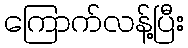
ကြောက်လန့်ပြီး